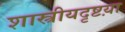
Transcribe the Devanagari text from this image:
शास्त्रीयदृष्टय़ा